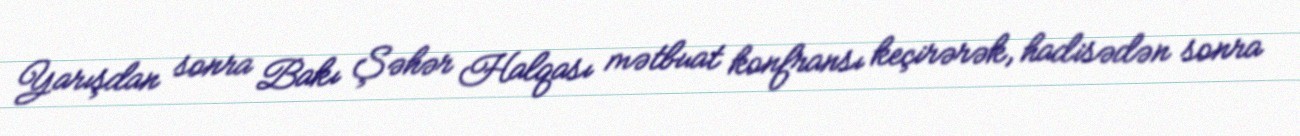
Yarışdan sonra Bakı Şəhər Halqası mətbuat konfransı keçirərək, hadisədən sonra